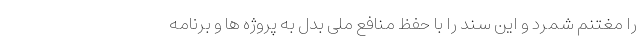
را مغتنم شمرد و این سند را با حفظ منافع ملی بدل به پروژه ها و برنامه